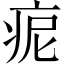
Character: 痆